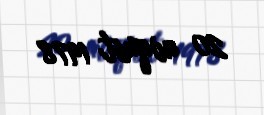
20 avqust 1978